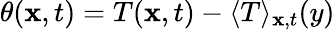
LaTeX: \theta(\mathbf{x},t)=T(\mathbf{x},t)-\langle T\rangle_{\mathbf{x},t}(y)